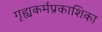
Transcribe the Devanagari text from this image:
गृह्यकर्मप्रकाशिका